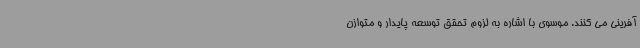
آفرینی می کنند. موسوی با اشاره به لزوم تحقق توسعه پایدار و متوازن